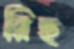
রিছ